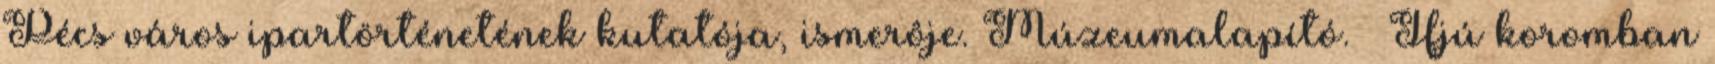
Pécs város ipartörténetének kutatója, ismerôje. Múzeumalapító. — Ifjú koromban